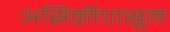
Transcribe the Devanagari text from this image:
असिक्रीपासून